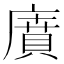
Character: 𢊱